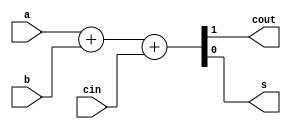
`timescale 1ns / 1ns

module fulladder(
    output reg cout,
    output reg s,
    input a,
    input b,
    input cin
);
    always @(a or b or cin) begin
        {cout, s} = a + b + cin;
    end
endmodule

module fulladder2(
    output cout,
    output s,
    input a,
    input b,
    input cin
);
    assign {cout, s} = a + b + cin;
endmodule